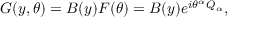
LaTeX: { \cal G } ( y , \theta ) = B ( y ) F ( \theta ) = B ( y ) e ^ { i \theta ^ { \alpha } Q _ { \alpha } } ,